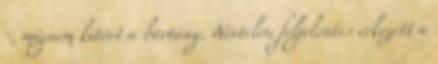
-, mígnem kitört a bortány. Névtelen feljelentés érkezett a